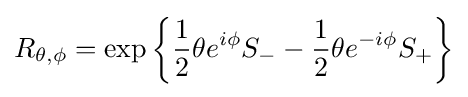
R_{\theta ,\phi }=\exp \left\{{\frac {1}{2}}\theta e^{i\phi }S_{-}-{\frac {1}{2}}\theta e^{-i\phi }S_{+}\right\}